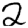
Digit: 2